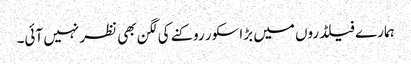
ہمارے فیلڈروں میں بڑا سکور روکنے کی لگن بھی نظر نہیں آئی۔